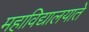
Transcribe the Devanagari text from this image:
महाविद्यालयाते